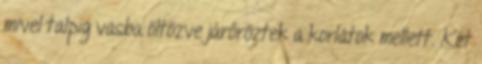
mivel talpig vasba öltözve járőröztek a korlátok mellett. Két